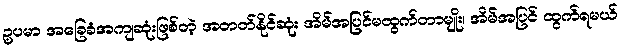
ဥပမာ အခြေခံအကျဆုံးဖြစ်တဲ့ အတတ်နိုင်ဆုံး အိမ်အပြင်မထွက်တာမျိုး၊ အိမ်အပြင် ထွက်ရမယ်